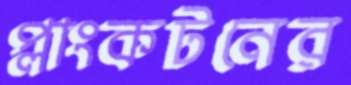
প্লাংকটনের